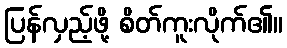
ပြန်လှည့်ဖို့ စိတ်ကူးလိုက်၏။